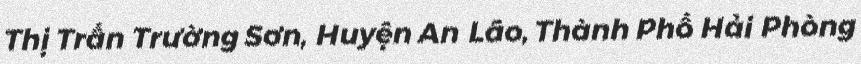
Thị Trấn Trường Sơn, Huyện An Lão, Thành Phố Hải Phòng